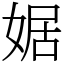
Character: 婮